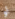
أو